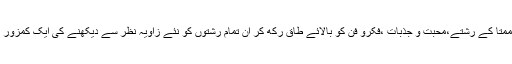
وہ جدت نگاری کی دلدل میں پھنس کر ممتا کے رشتے،محبت و جذبات ،فکرو فن کو بالائے طاق رکھ کر ان تمام رشتوں کو نئے زاویہ نظر سے دیکھنے کی ایک کمزور اور بے مزہ کوشش کرتے نظرآتے ہیں۔